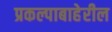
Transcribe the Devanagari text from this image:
प्रकल्पाबाहेरील